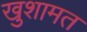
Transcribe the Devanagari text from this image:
खुशामत